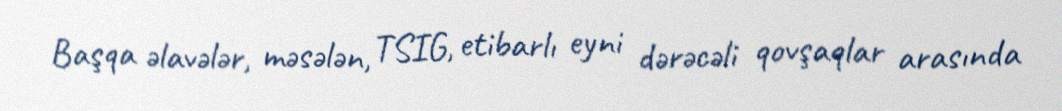
Başqa əlavələr, məsələn, TSIG, etibarlı eyni dərəcəli qovşaqlar arasında